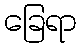
ခြေရာ